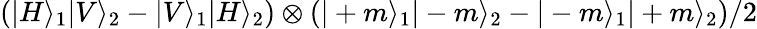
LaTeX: \left(|H\rangle_{1}|V\rangle_{2}-|V\rangle_{1}|H\rangle_{2}\right)\otimes\left(|+m\rangle_{1}|-m\rangle_{2}-|-m\rangle_{1}|+m\rangle_{2}\right)/2